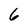
Character: 6